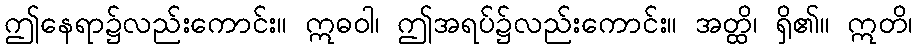
ဤနေရာ၌လည်းကောင်း။ ဣဓဝါ၊ ဤအရပ်၌လည်းကောင်း။ အတ္ထိ၊ ရှိ၏။ ဣတိ၊